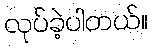
လုပ်ခဲ့ပါတယ်။